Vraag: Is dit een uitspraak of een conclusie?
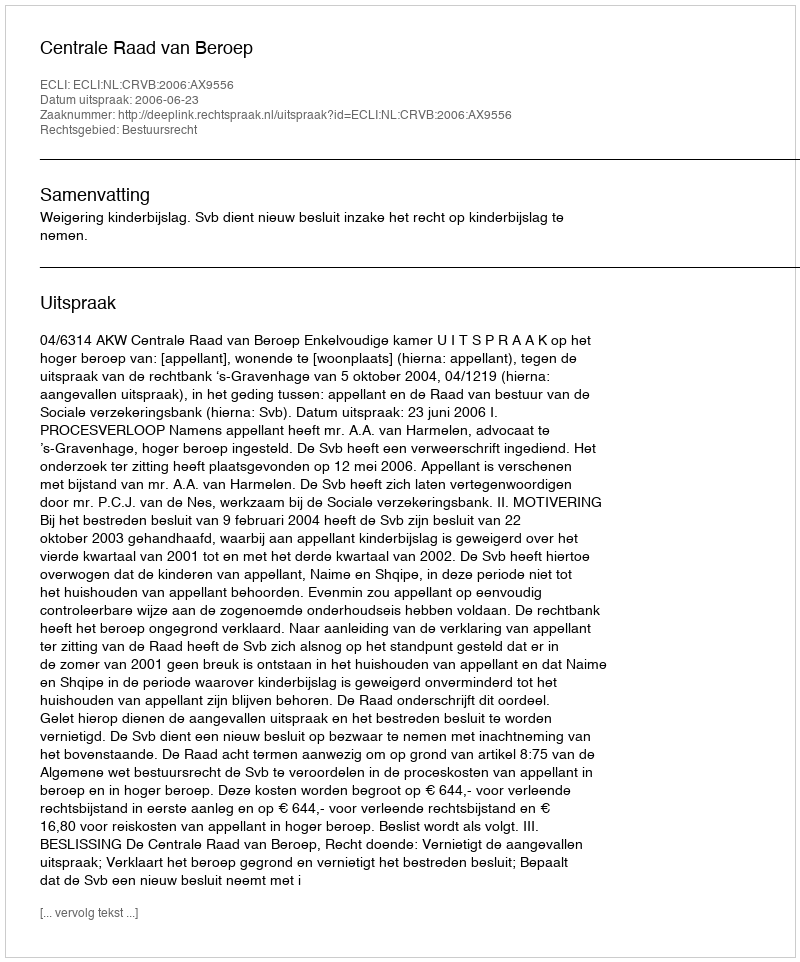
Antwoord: Uitspraak